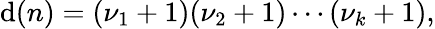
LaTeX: \mathrm{d}(n)=(\nu_{1}+1)(\nu_{2}+1)\cdots(\nu_{k}+1),